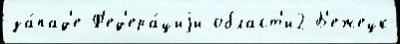
за́пад'е Ф'ед'ера́циjи област'и2 Б'ежецк